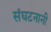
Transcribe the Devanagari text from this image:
संघटनानी